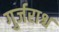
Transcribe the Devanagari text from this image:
गुर्जराश्च